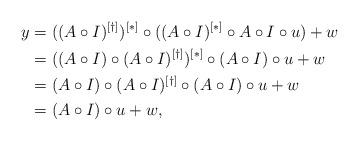
LaTeX: \begin{align*}y&=((A\circ I)^{[\dagger]})^{[*]}\circ ((A\circ I)^{[*]}\circ A\circ I\circ u)+w\\&=((A\circ I)\circ (A\circ I)^{[\dagger]})^{[*]}\circ (A\circ I)\circ u+w\\&= (A\circ I)\circ (A\circ I)^{[\dagger]}\circ (A\circ I)\circ u+w\\&=(A\circ I)\circ u+w, \end{align*}